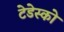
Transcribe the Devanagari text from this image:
टेडेस्को